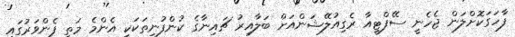
ފާހަގަކޮށްލަން ޖެހެނީ ސޭފްޓީއާ ރެގިއުލޭޝަންއަށް ބަލާއިރު ޗައިނާގެ ކުންފުނިތަކަކީ އެންމެ މަތީ ފެންވަރުގައި